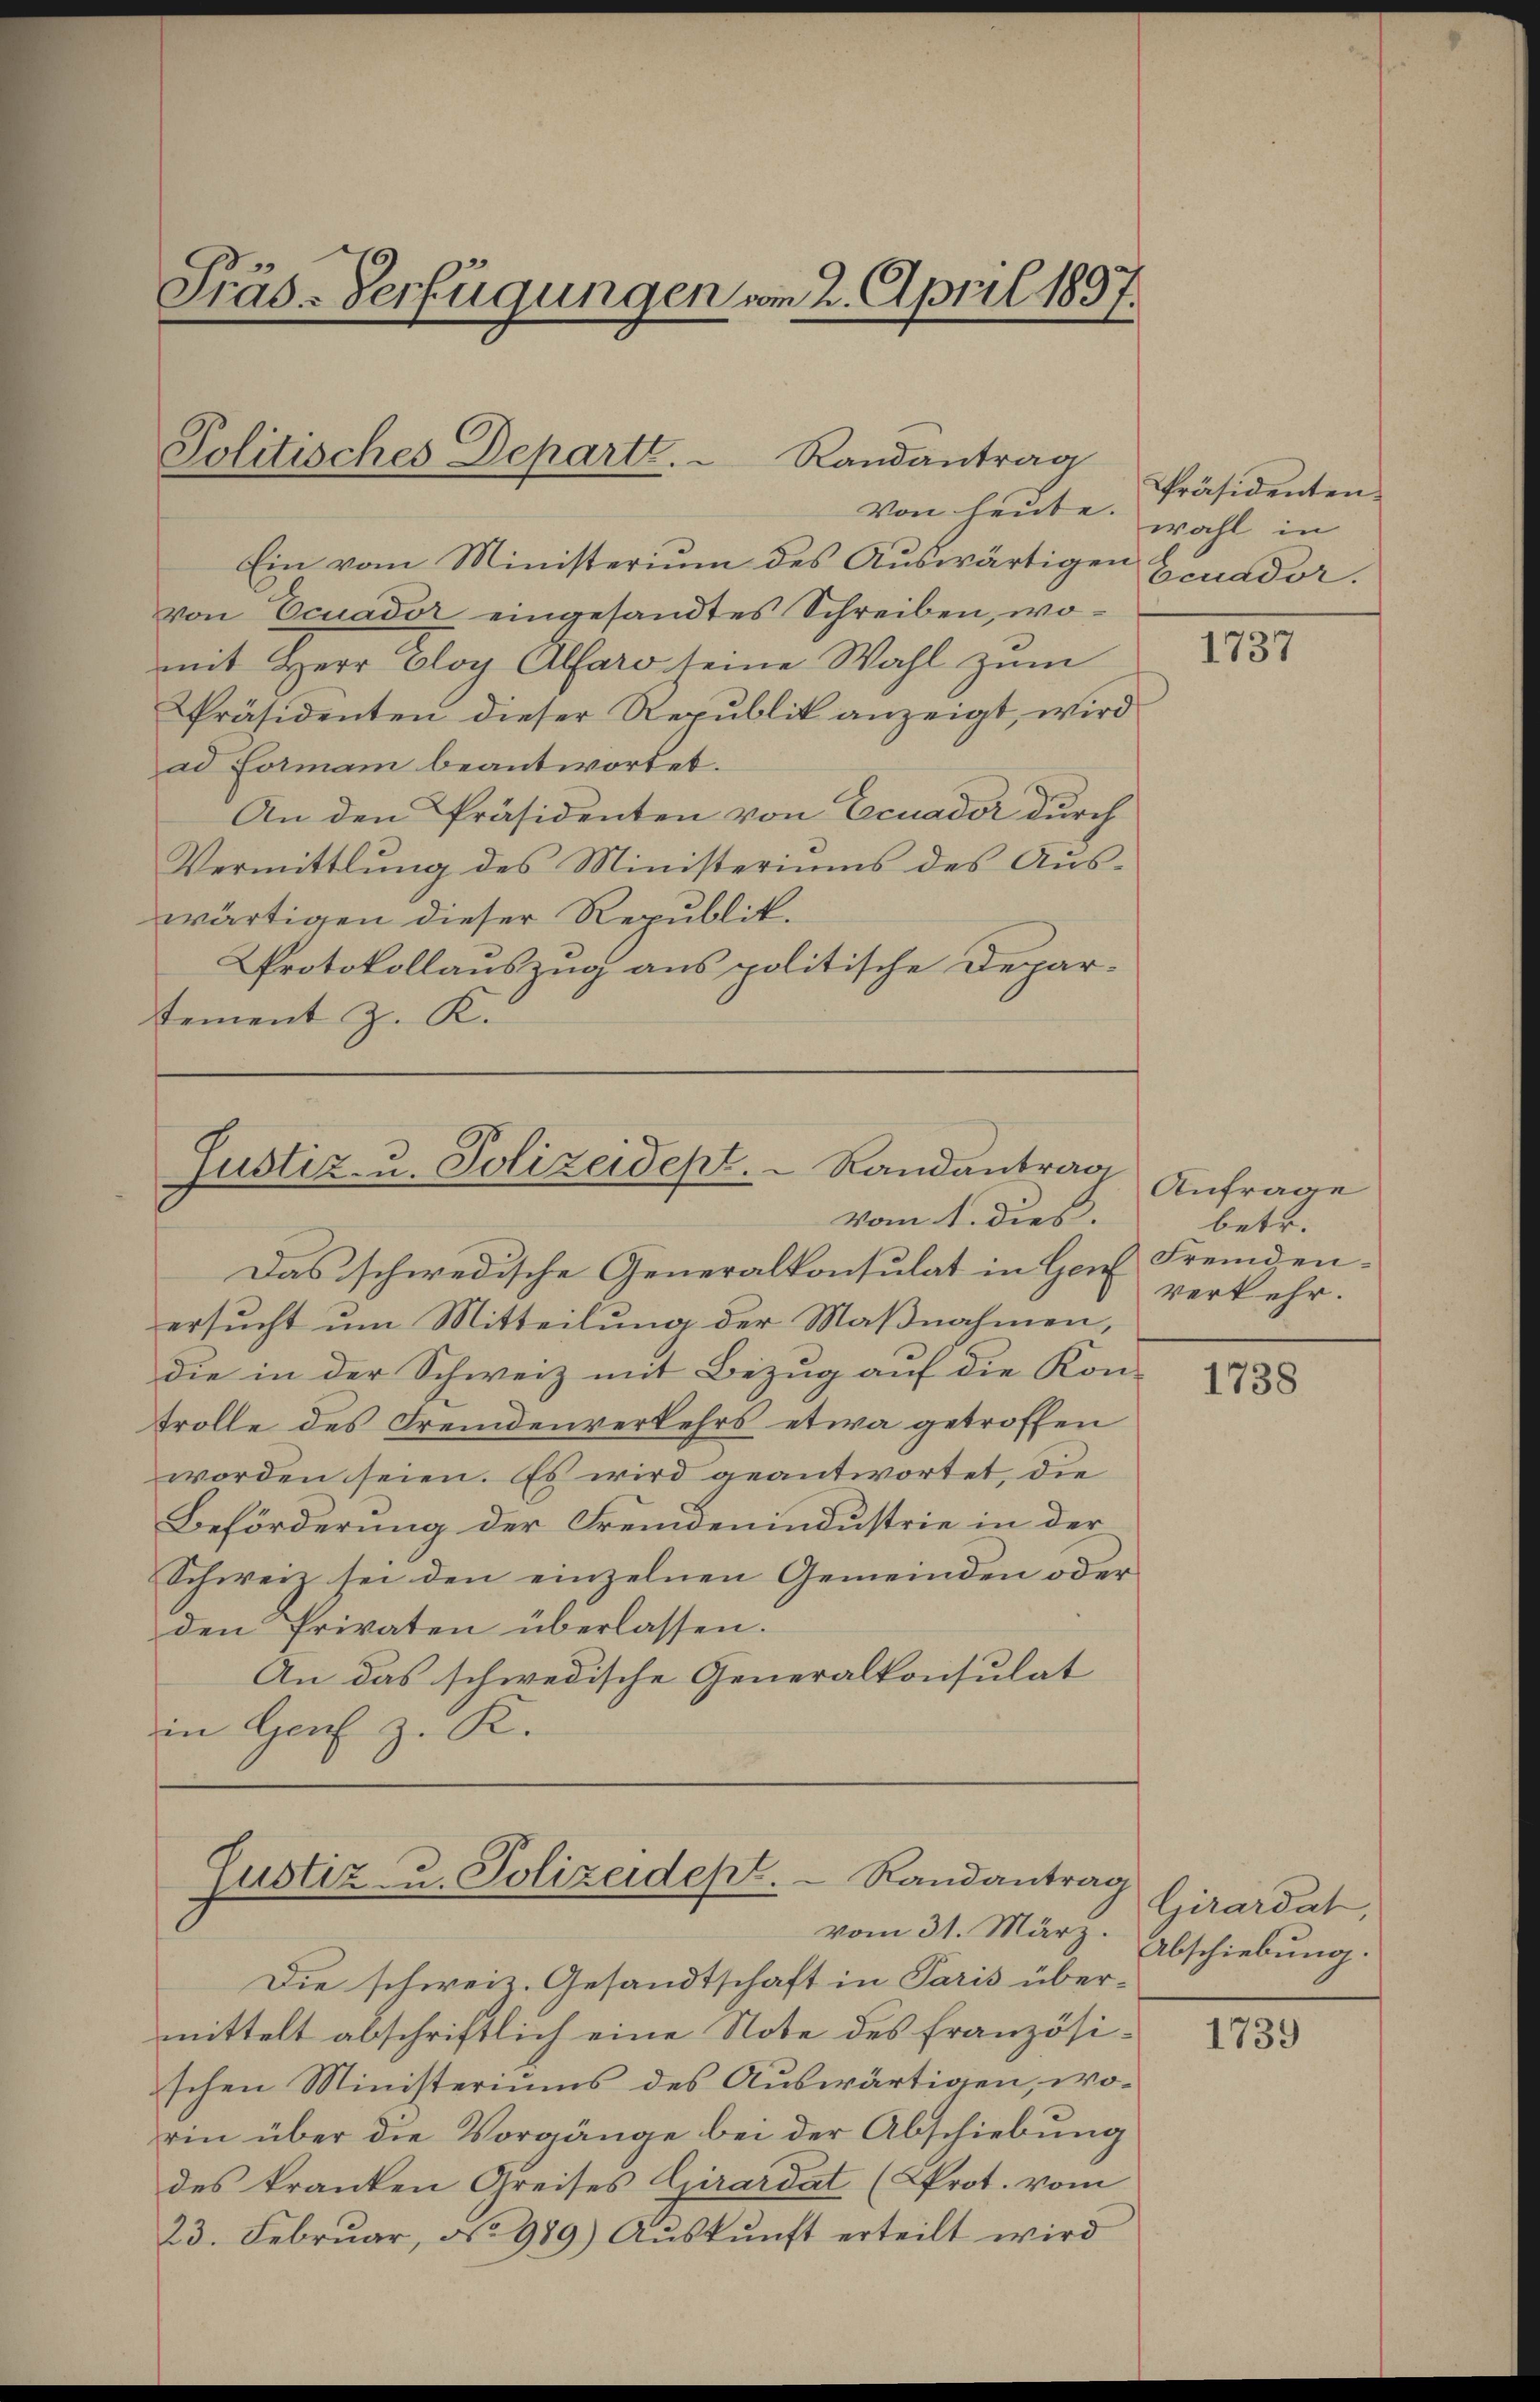
Präs-Verfügungen vom 2. April 1837.

Politisches Departe.
Randantrag
Von heute.

Ein vom Ministerium des Auswärtigen
von Ecuador eingesandtes Schreiben, womit Herr Gloy Alfaro seine Wahl zum
Präsidenten dieser Republik anzeigt, wird
ad Formani beantwortet.
An den Präsidenten von Ecuader durch
Vermittlung des Ministeriums des Auswärtigen dieser Republik.
Protokollauszug aus politische Depar-
tement J. K.

Justiz- u. Polizeidept.  Randantrag
vom 1. dieß.

Das schwedische Generalkonsulat in Genf Fremden-
ersucht um Mitteilung der Maßnahmen,
die in der Schweiz mit Bezug auf die Kon-
trolle des Fremdenverkehrs etwa getroffen
worden seien. Es wird geantwortet, die
Beförderung der Fremdenindustrie in der
Schweiz sei den einzelnen Gemeinden oder
den Privaten überlassen.
An das schwedische Generalkonsulat
in Genf z. K.

Justiz- u. Polizeidept. Randantrag
vom 31. März.

Präsidenten.
wahl in
Ecuddor.

Die schweiz. Gesandtschaft in Paris übermittelt abschriftlich eine Note des französischen Ministeriums des Auswärtigen, worin über die Vorgänge bei der Abschiebung
des kranken Greises Girardat (Prot. vom
23. Februar, No 989) Auskunft erteilt wird

1737

Anfrage
betr.
verkehr.

1738

Girardat,
Abschiebung.

1739